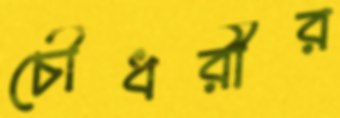
চৌধরীর